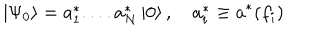
LaTeX: \left| \Psi _ { 0 } \right\rangle = a _ { 1 } ^ { * } . . . . a _ { N } ^ { * } \left| 0 \right\rangle , \quad a _ { i } ^ { * } \equiv a ^ { * } ( f _ { i } )